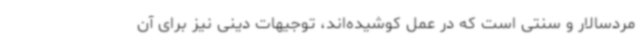
مردسالار و سنتی است که در عمل کوشیده‌اند، توجیهات دینی نیز برای آن